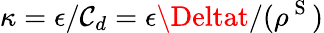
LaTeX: \kappa=\epsilon/\mathcal{C}_{d}=\epsilon\Deltat/(\rho^{\mathrm{{~S~}}})